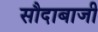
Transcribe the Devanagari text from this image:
सौदाबाजी